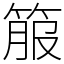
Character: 箙